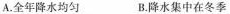
A.全年降水均匀 B.降水集中在冬季